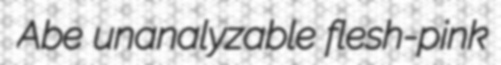
Abe unanalyzable flesh-pink